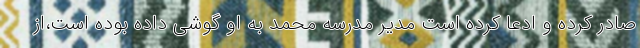
صادر کرده و ادعا کرده است مدیر مدرسه محمد به او گوشی داده بوده است،از